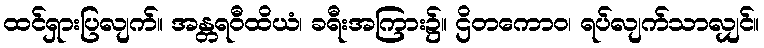
ထင်ရှားပြလျက်။ အန္တရဝီထိယံ၊ ခရီးအကြား၌။ ဌိတကောဝ၊ ရပ်လျက်သာလျှင်။